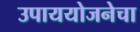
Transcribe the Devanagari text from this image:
उपाययोजनेचा